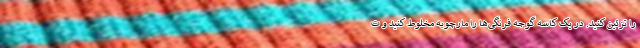
را تزئین کنید. در یک کاسه گوجه فرنگی‌ها را مارچوبه مخلوط کنید و ت